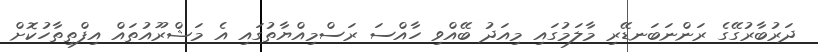
ދަރުބާރުގޭގެ ރަންނަބަނޑޭރި މާލަމުގައި މިއަދު ބޭއްވި ހާއްސަ ރަސްމިއްޔާތުގައި އެ މަޝްރޫއުތައް އިފްތިތާހުކޮށް